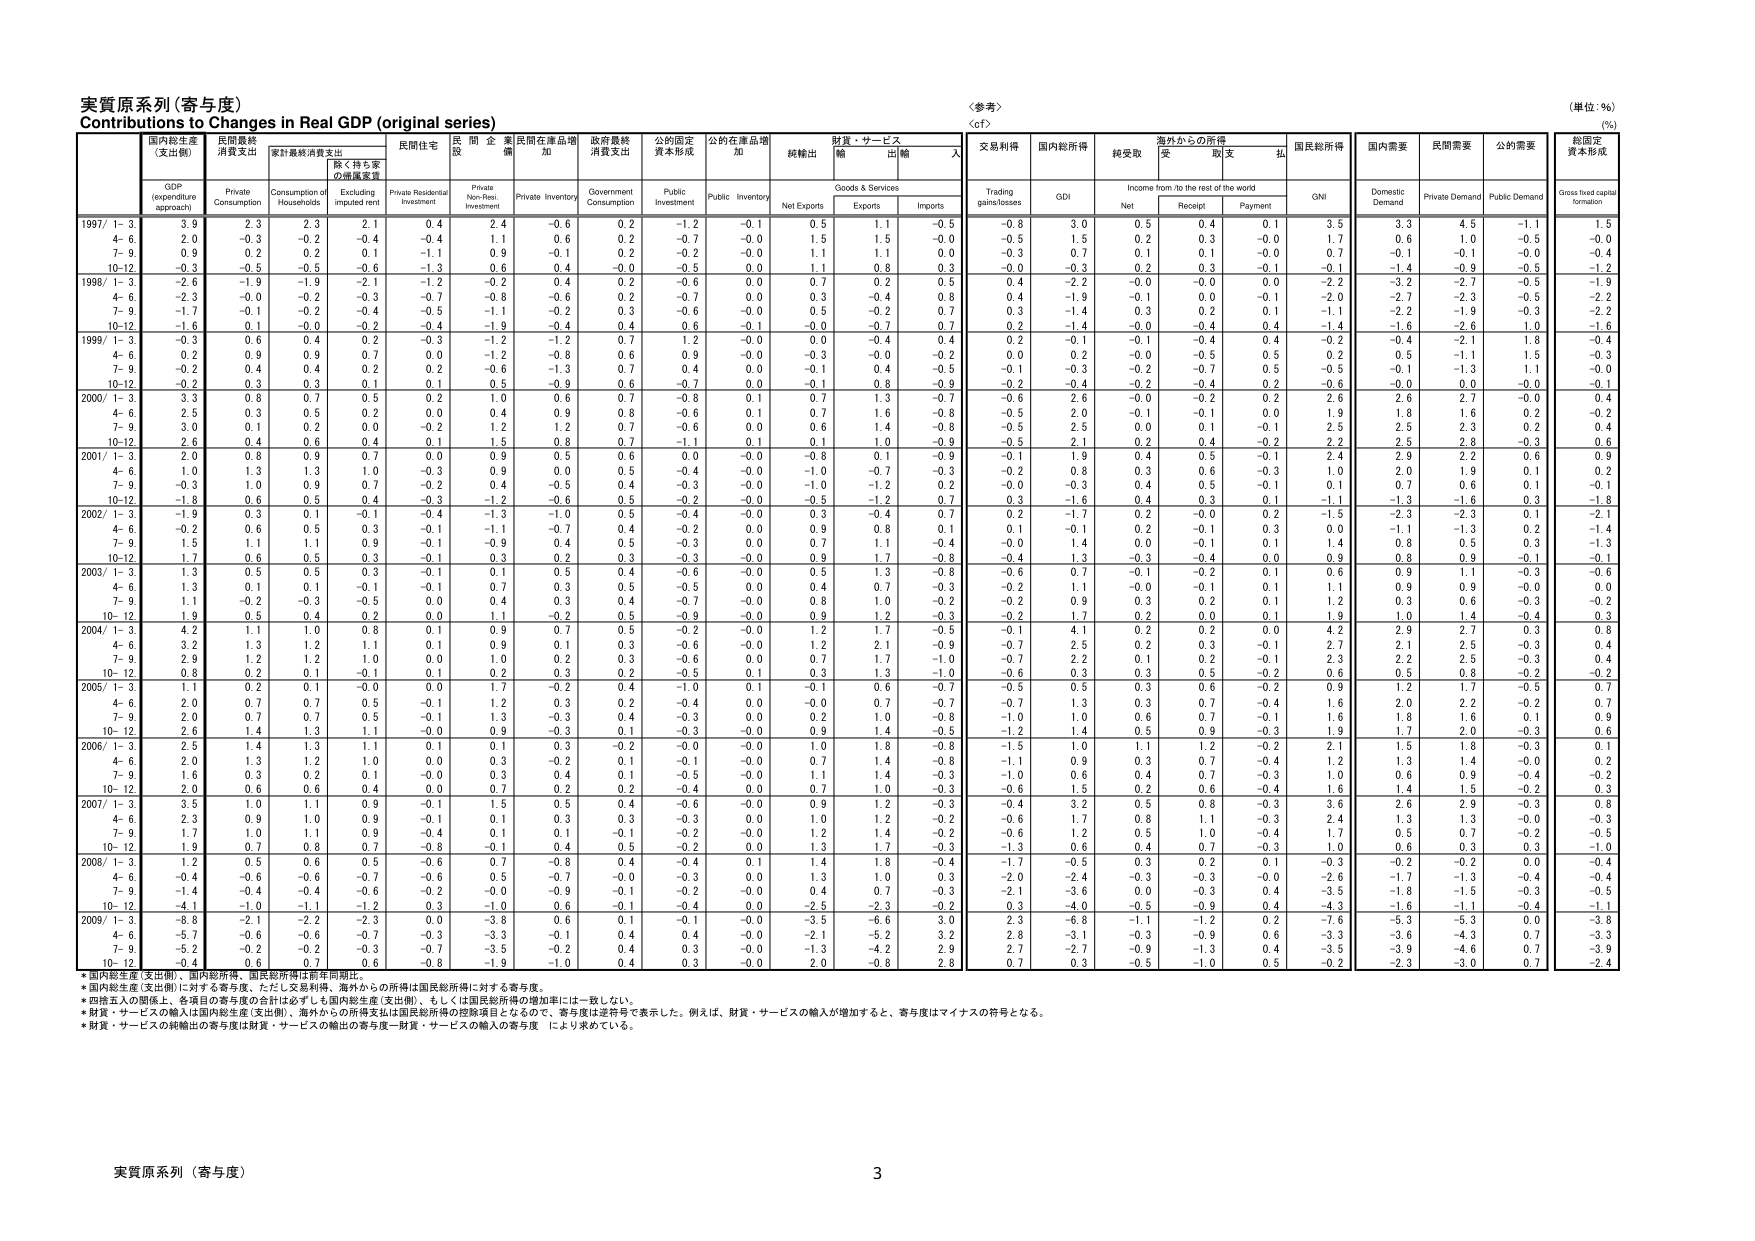
実質原系列（寄与度）
Contributions to Changes in Real GDP (original series)
＜参考＞
（単位：%）
（%）

国内総生産
（支出側）
GDP
(expenditure
approach)
民間最終
消費支出
Private
Consumption
家計最終消費支出
Consumption of
Households
除く持ち家
の価値変質
Excluding
Imputed rent
民間住宅
Private Residential
Investment
民間企業
Private
Non-Resi.
Investment
民間在庫増加
Private Inventory
政府最終
消費支出
Government
Consumption
公的固定
資本形成
Public
Investment
公的在庫増加
Public Inventory
純輸出
Net Exports
財貨・サービス
輸出
Exports
輸入
Imports
交易利得
Trading
gains/losses
国内総所得
GDI
純受取
Net
海外からの所得
Income from /to the rest of the world
受取
Receipt
支払
Payment
国民総所得
GNI
国内需要
Domestic
Demand
民間需要
Private Demand
公的需要
Public Demand
固定資本形成
Gross fixed capital
formation

1997/ 1-3
3.9
2.3
2.3
2.1
0.4
2.4
-0.6
0.2
-1.2
-0.1
0.5
1.1
-0.5
-0.6
3.0
0.5
0.4
0.1
3.5
3.3
4.5
-1.1
1.5
4-6
2.0
-0.3
-0.2
-0.4
-0.4
1.1
0.6
0.2
-0.7
-0.0
1.5
1.5
-0.0
-0.5
1.5
0.2
0.3
-0.0
1.7
0.6
1.0
-0.5
-0.0
7-9
0.9
0.2
0.2
0.1
-1.1
0.9
-0.1
0.2
-0.2
-0.0
1.1
1.1
0.0
-0.3
0.7
0.1
0.1
-0.0
0.7
-0.1
-0.1
-0.0
-0.4
10-12
-0.3
-0.5
-0.5
-0.6
-1.3
0.6
0.4
-0.0
-0.5
0.0
1.1
0.8
0.3
-0.0
-0.3
0.2
0.3
-0.1
-0.1
-1.4
-0.9
-0.5
-1.2
1998/ 1-3
-2.6
-1.9
-1.9
-2.1
-1.2
-0.2
0.4
0.2
-0.6
0.0
0.7
0.2
0.5
0.4
-2.2
-0.0
-0.0
0.0
-2.2
-3.2
-2.7
-0.5
-1.9
4-6
-2.3
-0.0
-0.2
-0.3
-0.7
-0.8
-0.6
0.2
-0.7
0.0
0.3
-0.4
0.8
0.4
-1.9
-0.1
0.0
-0.1
-2.0
-2.7
-2.3
-0.5
-2.2
7-9
-1.7
-0.1
-0.2
-0.4
-0.5
-1.1
-0.2
0.3
-0.6
-0.0
0.5
-0.2
0.7
0.3
-1.4
0.3
0.2
0.1
-1.1
-2.2
-1.9
-0.3
-2.2
10-12
-1.6
0.1
-0.0
-0.2
-0.4
-1.9
-0.4
0.4
0.6
-0.1
-0.0
-0.7
0.7
0.2
-1.4
-0.0
-0.4
0.4
-1.4
-1.6
-2.6
1.0
-1.6
1999/ 1-3
-0.3
0.6
0.4
0.2
-0.3
-1.2
-1.2
0.7
1.2
-0.0
0.0
-0.4
0.4
0.2
-0.1
-0.1
-0.4
0.4
-0.2
-0.4
-2.1
1.8
-0.4
4-6
0.2
0.9
0.9
0.7
0.0
-1.2
-0.8
0.6
0.9
-0.0
-0.3
-0.0
-0.2
0.0
0.2
-0.0
-0.5
0.5
0.2
0.5
-1.1
1.5
-0.3
7-9
-0.2
0.4
0.4
0.2
0.2
-0.6
-1.3
0.7
0.4
0.0
-0.1
0.4
-0.5
-0.1
-0.3
-0.2
-0.7
0.5
-0.5
-0.1
-1.3
1.1
-0.0
10-12
-0.2
0.3
0.3
0.1
0.1
0.5
-0.9
0.6
-0.7
0.0
-0.1
0.8
-0.9
-0.2
-0.4
-0.2
-0.4
0.2
-0.6
-0.0
0.0
-0.0
-0.1
2000/ 1-3
3.3
0.8
0.7
0.5
0.2
1.0
0.6
0.7
-0.8
0.1
0.7
1.3
-0.7
-0.6
2.6
-0.0
-0.2
0.2
2.6
2.6
2.7
-0.0
0.4
4-6
2.5
0.3
0.2
0.2
0.0
0.4
0.9
0.8
0.6
0.1
0.7
0.8
-0.8
-0.5
2.0
-0.1
-0.1
0.0
1.9
1.8
1.6
0.2
-0.2
7-9
3.0
0.1
0.2
0.0
-0.2
1.2
1.2
0.7
-0.6
0.0
0.6
1.4
-0.8
-0.5
2.5
0.0
0.1
-0.1
2.5
2.5
2.3
0.2
0.4
10-12
2.6
0.4
0.6
0.4
0.1
1.5
0.8
0.7
-1.1
0.1
0.1
1.0
-0.9
-0.5
2.1
0.2
0.4
-0.2
2.2
2.5
2.8
-0.3
0.6
2001/ 1-3
2.0
0.8
0.9
0.7
0.0
0.9
0.5
0.6
0.0
-0.0
-0.8
0.1
-0.9
-0.1
1.9
0.4
0.5
-0.1
2.4
2.9
2.2
0.6
0.9
4-6
1.0
1.3
1.3
1.0
-0.3
0.9
0.0
0.5
-0.4
-0.0
-1.0
-0.7
-0.3
-0.2
0.8
0.3
0.6
-0.3
1.0
2.0
1.9
0.1
0.2
7-9
-0.3
1.0
0.9
0.7
-0.2
0.4
-0.5
0.4
-0.3
-0.0
-1.0
-1.2
0.2
-0.0
-0.3
0.4
0.5
-0.1
0.1
0.7
0.6
0.1
-0.1
10-12
-1.8
0.6
0.5
0.4
-0.3
-1.2
-0.6
0.5
-0.2
-0.0
-0.5
-1.2
0.7
0.3
-1.6
0.4
0.3
0.1
-1.1
-1.3
-1.6
0.3
-1.8
2002/ 1-3
-1.9
0.3
0.1
-0.1
-0.4
-1.3
-1.0
0.5
-0.4
-0.0
0.3
-0.4
0.7
0.2
-1.7
0.2
-0.0
0.2
-1.5
-2.3
-2.3
0.1
-2.1
4-6
-0.2
0.6
0.5
0.3
-0.1
-1.1
-0.7
0.4
-0.2
0.0
0.9
0.8
0.1
0.1
-0.1
0.2
-0.1
0.3
0.0
-1.1
-1.3
0.2
-1.4
7-9
1.5
1.1
1.1
0.9
-0.1
-0.9
0.4
0.5
-0.3
0.0
0.7
1.1
-0.4
-0.0
1.4
0.0
-0.1
0.1
1.4
0.8
0.5
0.3
-1.3
10-12
1.7
0.6
0.5
0.3
-0.1
0.3
0.2
0.3
-0.3
-0.0
0.9
1.3
-0.8
-0.4
1.3
-0.3
-0.4
0.0
0.9
0.8
0.9
-0.1
-0.1
2003/ 1-3
1.9
0.5
0.5
0.3
-0.1
0.1
0.5
0.4
-0.6
-0.0
0.5
1.3
-0.8
-0.6
0.7
-0.1
-0.2
0.1
0.6
0.9
1.1
-0.3
-0.6
4-6
1.3
0.1
0.1
-0.1
-0.1
0.7
0.3
0.5
-0.5
0.0
0.4
0.7
-0.3
-0.2
1.1
-0.0
-0.1
0.1
1.1
0.9
0.9
-0.0
0.0
7-9
1.1
-0.2
-0.3
-0.5
0.0
0.4
0.3
0.4
-0.7
-0.0
0.8
1.0
-0.2
-0.2
0.9
0.3
0.2
0.1
1.2
0.3
0.6
-0.3
-0.2
10-12
1.9
0.5
0.4
0.2
0.0
1.1
-0.2
0.5
-0.9
-0.0
0.9
1.2
-0.3
-0.2
1.7
0.2
0.0
0.1
1.9
1.0
1.4
-0.4
0.3
2004/ 1-3
4.2
1.1
1.0
0.8
0.1
0.9
0.7
0.5
-0.2
-0.0
1.2
1.7
-0.5
-0.1
4.1
0.2
0.2
0.0
4.2
2.9
2.7
0.3
0.8
4-6
3.2
1.3
1.2
1.1
0.1
0.9
0.1
0.3
-0.6
-0.0
1.2
2.1
-0.9
-0.7
2.5
0.2
0.3
-0.1
2.7
2.1
2.5
-0.3
0.4
7-9
2.9
1.2
1.2
1.0
0.0
1.0
0.2
0.3
-0.6
0.0
0.7
1.7
-1.0
-0.7
2.2
0.1
0.2
-0.1
2.3
2.2
2.5
-0.3
0.4
10-12
0.8
0.2
0.1
-0.1
0.1
0.2
0.3
0.2
-0.5
0.1
0.3
1.3
-1.0
-0.6
0.3
0.3
0.5
-0.2
0.6
0.5
0.8
-0.2
-0.2
2005/ 1-3
1.1
0.2
0.1
-0.0
0.0
1.7
-0.2
0.4
-1.0
0.1
-0.1
0.6
-0.7
-0.5
0.5
0.3
0.6
-0.2
0.9
1.2
1.7
-0.5
0.7
4-6
2.0
0.7
0.7
0.5
-0.1
1.2
0.3
0.2
-0.4
0.0
-0.0
0.7
-0.7
-0.7
1.3
0.3
0.7
-0.4
1.6
2.0
2.2
-0.2
0.7
7-9
2.0
0.7
0.7
0.5
-0.1
1.3
-0.3
0.4
-0.3
0.0
0.2
1.0
-0.8
-1.0
1.0
0.6
0.7
-0.1
1.6
1.8
1.6
0.1
0.9
10-12
2.6
1.3
1.3
1.1
-0.0
0.9
-0.3
0.1
-0.3
-0.0
0.9
1.4
-0.5
-1.2
1.4
0.5
0.9
-0.3
1.9
1.7
2.0
-0.3
0.6
2006/ 1-3
2.5
1.4
1.3
1.1
0.1
0.1
0.3
-0.2
-0.0
-0.0
1.0
1.8
-0.8
-1.5
1.0
1.1
1.2
-0.2
2.1
1.5
1.8
-0.3
0.1
4-6
2.0
1.3
1.2
1.0
0.0
0.3
-0.2
0.1
-0.1
-0.0
0.7
1.4
-0.8
-1.1
0.9
0.3
0.7
-0.4
1.2
1.3
1.4
-0.0
0.2
7-9
1.6
0.3
0.2
0.1
-0.0
0.3
0.4
0.1
-0.5
-0.0
1.1
1.4
-0.3
-1.0
0.6
0.4
0.7
-0.3
1.0
0.6
0.9
-0.4
-0.2
10-12
2.0
0.6
0.6
0.4
0.0
0.7
0.2
0.2
-0.4
0.0
0.7
1.0
-0.3
-0.6
1.5
0.2
0.6
-0.4
1.6
1.4
1.5
-0.2
0.3
2007/ 1-3
3.5
1.0
1.1
0.9
-0.1
1.5
0.5
0.4
-0.6
-0.0
0.9
1.2
-0.3
-0.4
3.2
0.5
0.8
-0.3
3.6
2.6
2.9
-0.3
0.8
4-6
2.3
0.9
1.0
0.9
-0.1
0.1
0.3
0.3
-0.3
0.0
1.0
1.2
-0.2
-0.6
1.7
0.8
1.1
-0.3
2.4
1.3
1.3
-0.0
-0.3
7-9
1.7
1.0
1.1
0.9
-0.4
0.1
0.1
-0.1
-0.2
-0.0
1.2
1.4
-0.2
-0.6
1.2
0.5
1.0
-0.4
1.7
0.5
0.7
-0.2
-0.5
10-12
1.9
0.7
0.8
0.7
-0.8
-0.1
0.4
0.5
-0.2
0.0
1.3
1.7
-0.3
-1.3
0.6
0.4
0.7
-0.3
1.0
0.6
0.3
0.3
-1.0
2008/ 1-3
1.2
0.5
0.6
0.5
-0.6
0.7
-0.8
0.4
-0.4
0.1
1.4
1.8
-0.4
-1.7
-0.5
0.3
0.2
0.1
-0.3
-0.2
-0.2
0.0
-0.4
4-6
-0.4
-0.6
-0.6
-0.7
-0.6
0.5
-0.7
-0.0
-0.3
0.0
1.3
1.0
0.3
-2.0
-2.4
-0.3
-0.3
-0.0
-2.6
-1.7
-1.3
-0.4
-0.4
7-9
-1.4
-0.4
-0.4
-0.6
-0.2
-0.9
-0.9
-0.1
-0.2
-0.0
0.7
0.7
-0.3
-2.1
-3.6
0.0
-0.3
0.4
-3.5
-1.8
-1.5
-0.3
-0.5
10-12
-4.1
-1.0
-1.1
-1.2
0.3
-1.0
0.6
-0.1
-0.4
0.0
-2.5
-2.3
-0.2
0.3
-4.0
-0.5
-0.9
0.4
-4.3
-1.6
-1.1
-0.4
-1.1
2009/ 1-3
-8.8
-2.1
-2.2
-2.3
0.0
-3.8
0.6
0.1
-0.1
-0.0
-3.5
-6.6
3.0
2.3
-6.8
-1.1
-1.2
0.2
-7.6
-5.3
-5.3
0.0
-3.8
4-6
-5.7
-0.6
-0.6
-0.7
-0.3
-3.3
-0.1
0.4
0.4
-0.0
-2.1
-5.2
3.2
2.8
-3.1
-0.3
-0.9
0.6
-3.3
-3.6
-4.3
0.7
-3.3
7-9
-5.2
-0.2
-0.2
-0.3
-0.7
-3.5
-0.2
0.4
0.3
-0.0
-1.3
-4.2
2.9
2.7
-2.7
-0.9
-1.3
0.4
-3.5
-3.9
-4.6
0.7
-3.9
10-12
-0.4
0.6
0.7
0.6
-0.8
-1.9
-1.0
0.4
0.3
-0.0
2.0
-0.8
2.8
0.7
0.3
-0.5
-1.0
0.5
-0.2
-2.3
-3.0
0.7
-2.4

＊国内総生産（支出側）、国内総所得、国民総所得は前年同期比。
＊国内総生産（支出側）に対する寄与度、ただし交易利得、海外からの所得は国民総所得に対する寄与度。
＊四捨五入の関係上、各項目の寄与度の合計は必ずしも国内総生産（支出側）、もしくは国民総所得の増加率には一致しない。
＊財貨・サービスの輸入は国内総生産（支出側）、海外からの所得支払は国民総所得の控除項目となるので、寄与度は逆符号で表示した。例えば、財貨・サービスの輸入が増加すると、寄与度はマイナスの符号となる。
＊財貨・サービスの純輸出の寄与度は財貨・サービスの輸出の寄与度－財貨・サービスの輸入の寄与度 により求めている。

実質原系列（寄与度）
3